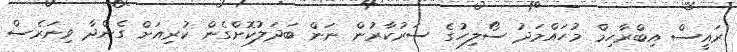
ރައީސް އިބްރާހިމް މުހައްމަދު ސޯލިހުގެ ސަރުކާރުން ނަން ބަދަލުކޮށްގެން ކުރިއަށް ގެންދާ ވިނަރެސް